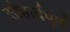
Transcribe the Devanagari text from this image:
सौहार्दपुर्ण